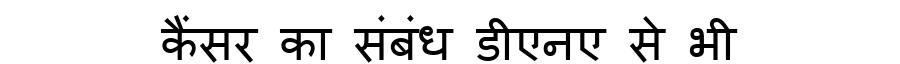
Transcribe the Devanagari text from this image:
कैंसर का संबंध डीएनए से भी